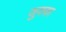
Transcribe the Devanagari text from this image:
जुक्का